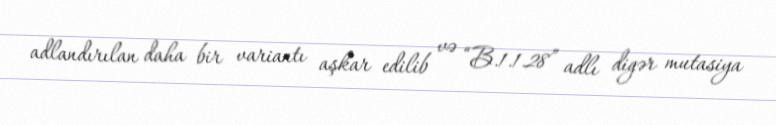
adlandırılan daha bir variantı aşkar edilib və “B.1.1.28” adlı digər mutasiya